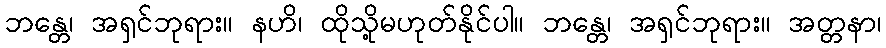
ဘန္တေ၊ အရှင်ဘုရား။ နဟိ၊ ထိုသို့မဟုတ်နိုင်ပါ။ ဘန္တေ၊ အရှင်ဘုရား။ အတ္တနာ၊